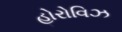
હોરોવિઝ